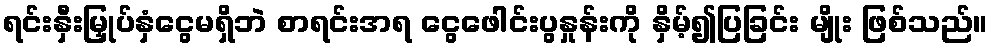
ရင်းနှီးမြှုပ်နှံငွေမရှိဘဲ စာရင်းအရ ငွေဖေါင်းပွနှုန်းကို နှိမ့်၍ပြခြင်း မျိုး ဖြစ်သည်။